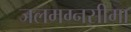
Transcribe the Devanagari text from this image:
जलमग्नसीमा